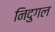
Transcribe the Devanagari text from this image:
निदुगल